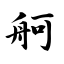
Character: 舸